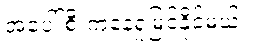
အပေါ်စီးကနေရှုမြင်နိုင်မယ်။